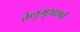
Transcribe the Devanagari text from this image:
तेलुगूभाषी